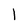
Character: 1